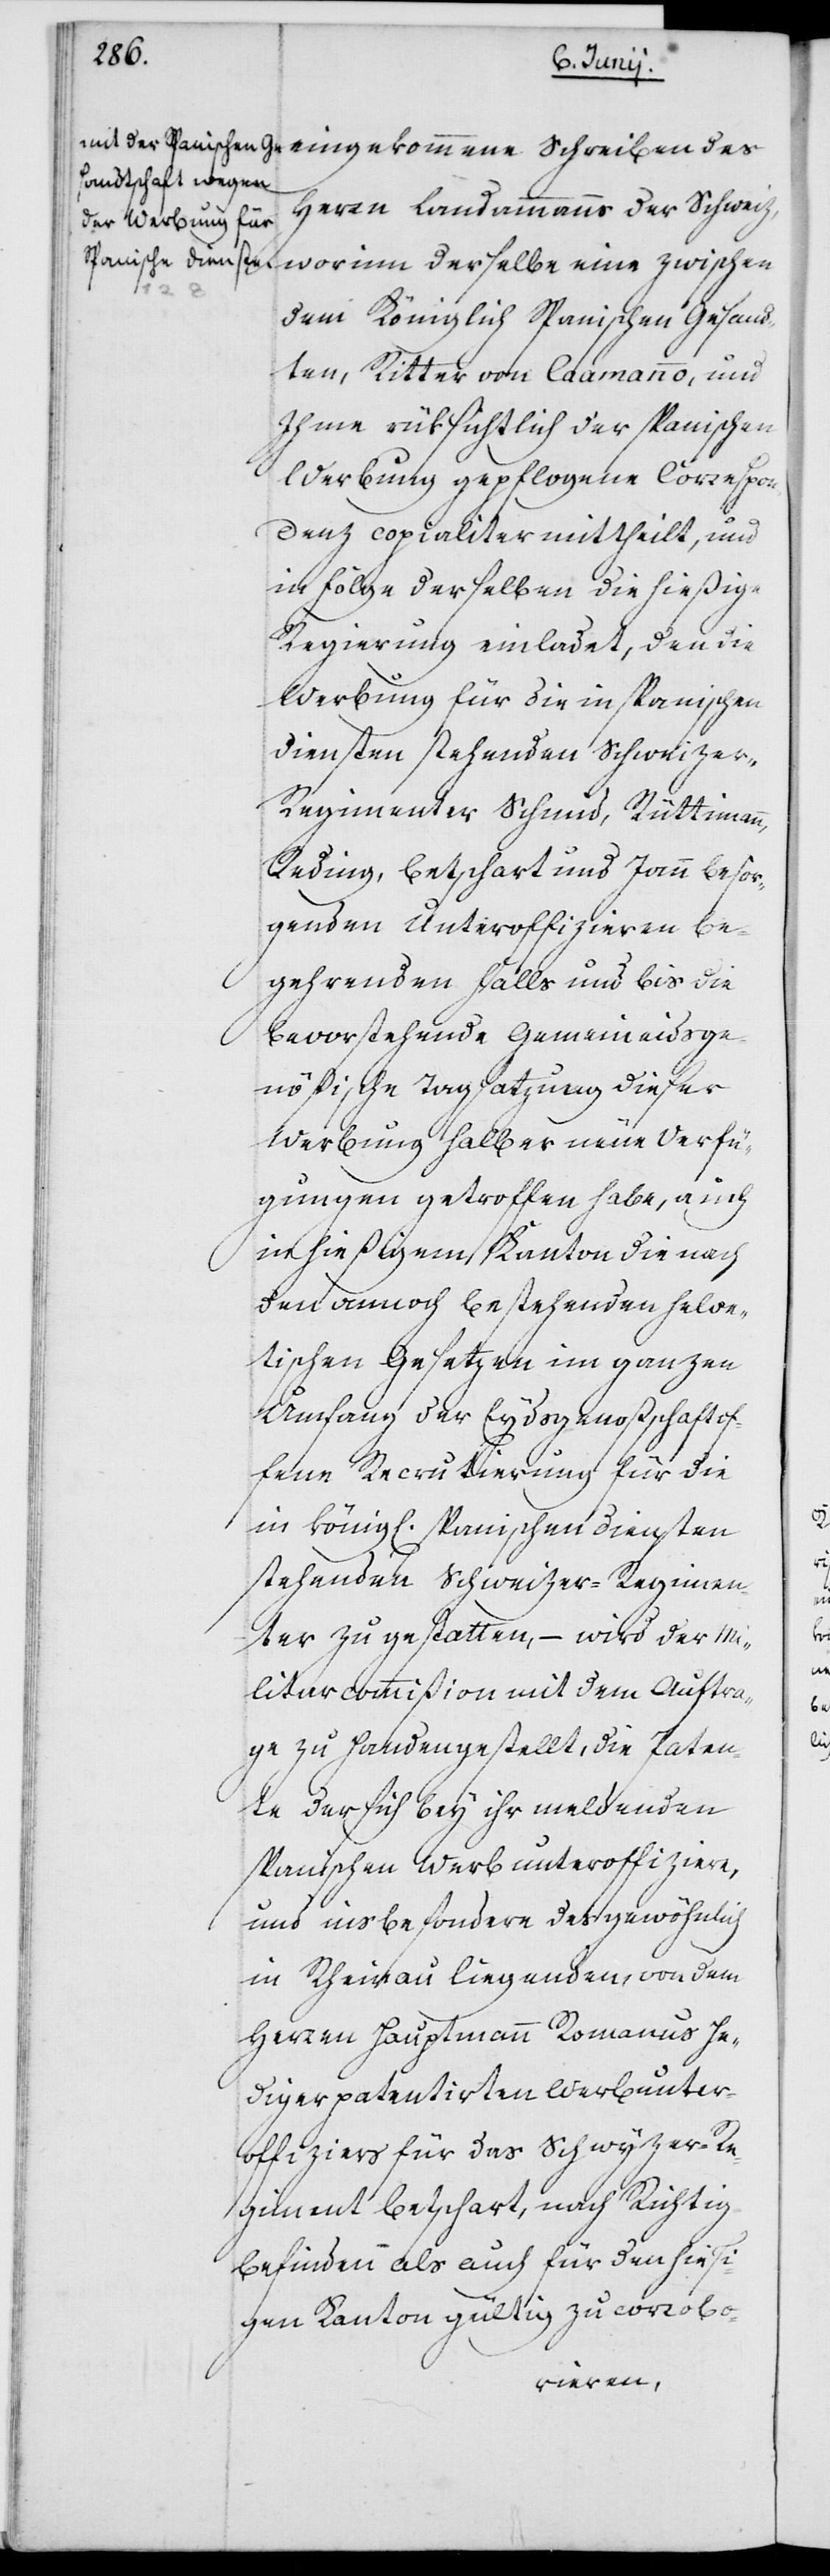
eingekommene Schreiben des
Herrn Landammanns der Schweiz,
worinn derselbe eine zwischen
dem Königlich Spanischen Gesand¬
ten, Ritter von Caamanno, und
Ihme rüksichtlich der spanischen
Werbung gepflogene Correspon¬
denz copialiter mittheilt,
in Folge derselben die hießige
Regierung einladet, den die
Werbung für die in spanischen
Diensten stehenden Schweize¬
r-Regimenter Schmid, Rüttimann,
Reding, Betschart und Jann besor¬
genden Unteroffizieren be¬
gehrenden Falls und bis die
bevorstehende Gemeineidsge¬
nößische Tagsatzung dieser
Werbung halber neue Verfü¬
gungen getroffen habe, auch
in hießigem Kanton die nach
den annoch bestehenden helve¬
tischen Gesetzen im ganzen
Umfang der Eydsgenoßschaft of¬
fene Recrutierung für die
in königl. spanischen Diensten
stehenden Schweizer-Regimen¬
ter zu gestatten, – wird der Mi¬
litarcommißion mit dem Auftra¬
ge zu Handen gestellt, die Paten¬
te der sich bey ihr meldenden
spanischen Werbunteroffiziere,
und insbesondere des gewöhnlich
in Rheinau liegenden, von dem
Herren Hauptmann Romanus He¬
diger patentierten Werbunter¬
offiziers für das Schwyzer-Re¬
giment Betschart, nach Richtig¬
befinden als auch für den hiesi¬
gen Kanton gültig zu corrobo-